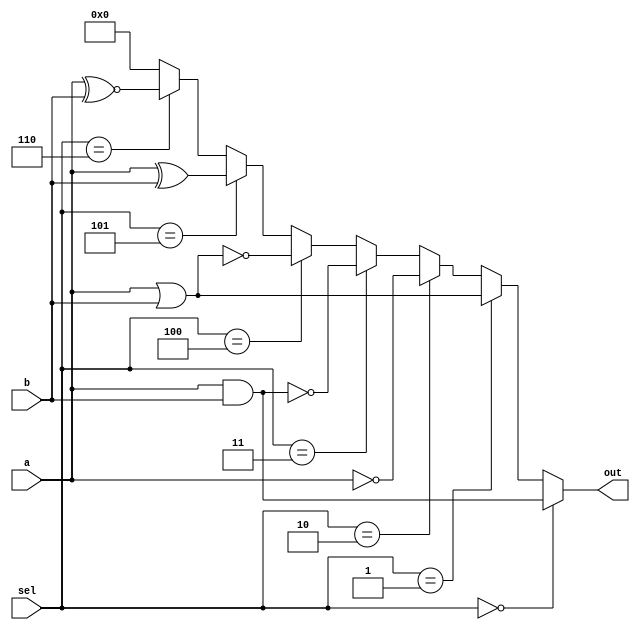
module combinational_logic_block (
    input wire [3:0] a,       // 4-bit input signal A
    input wire [3:0] b,       // 4-bit input signal B
    input wire [2:0] sel,     // 3-bit select signal for logic function
    output wire [3:0] out     // 4-bit output signal
);
    
    // Logic function selection
    // sel = 0: AND
    // sel = 1: OR
    // sel = 2: NOT (only applied to A)
    // sel = 3: NAND
    // sel = 4: NOR
    // sel = 5: XOR
    // sel = 6: XNOR

    assign out = (sel == 3'b000) ? (a & b) :   // AND
                 (sel == 3'b001) ? (a | b) :   // OR
                 (sel == 3'b010) ? (~a) :        // NOT A
                 (sel == 3'b011) ? ~(a & b) :   // NAND
                 (sel == 3'b100) ? ~(a | b) :   // NOR
                 (sel == 3'b101) ? (a ^ b) :    // XOR
                 (sel == 3'b110) ? (a ~^ b) :   // XNOR
                 4'b0000;                       // Default output

endmodule